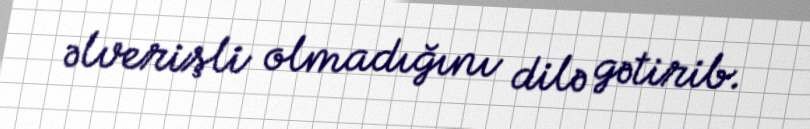
əlverişli olmadığını dilə gətirib.